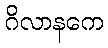
ဂိလာနကေ